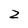
Character: 2